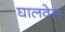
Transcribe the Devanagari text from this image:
घालवेल